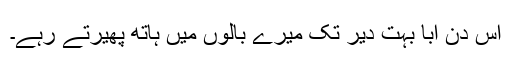
اس دن ابا بہت دیر تک میرے بالوں میں ہاتھ پھیرتے رہے۔